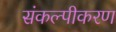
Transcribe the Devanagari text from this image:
संकल्पीकरण